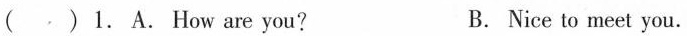
( . )1.A.How are you? B. Nice to meet you.